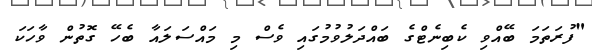
"ފުރަތަމަ ބޭއްވި ކެބިނެޓްގެ ބައްދަލުވުމުގައި ވެސް މި މައްސަލައާ ބެހޭ ގޮތުން ވާހަކަ